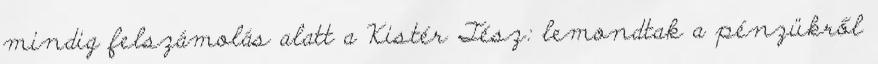
mindig felszámolás alatt a Kistér Tész: lemondtak a pénzükről